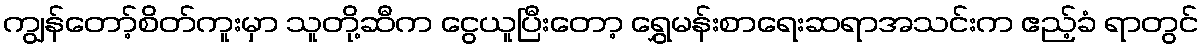
ကျွန်တော့်စိတ်ကူးမှာ သူတို့ဆီက ငွေယူပြီးတော့ ရွှေမန်းစာရေးဆရာအသင်းက ဧည့်ခံ ရာတွင်